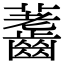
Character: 𪙐